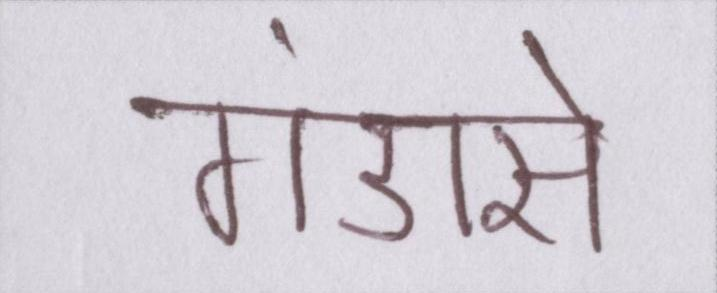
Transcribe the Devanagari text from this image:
गंडासे